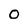
Character: O